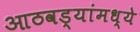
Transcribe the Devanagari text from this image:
आठवड्यांमध्ये